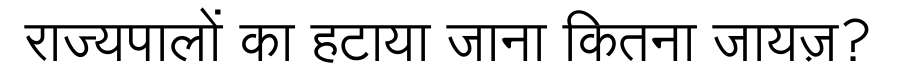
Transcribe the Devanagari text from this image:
राज्यपालों का हटाया जाना कितना जायज़?